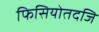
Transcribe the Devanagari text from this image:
फिसियोतदजि